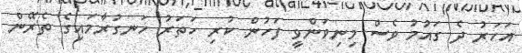
އަހަރު ދެ ގައުމު ވެސް މިނިވަންވީ ފަހުން ކުރި ހަތަރު ހަނގުރާމައިގެ ތެރޭން